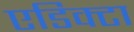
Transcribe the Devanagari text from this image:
एडिक्टा